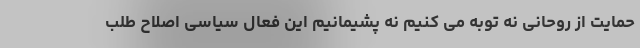
حمایت از روحانی نه توبه می کنیم نه پشیمانیم این فعال سیاسی اصلاح طلب